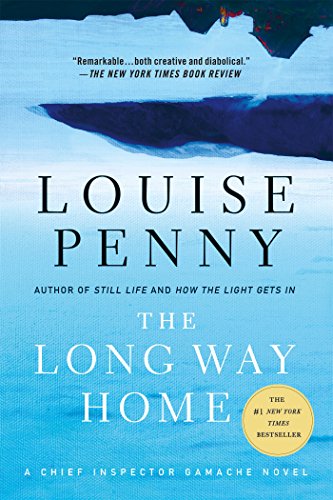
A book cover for The Long Way Home: A Chief Inspector Gamache Novel; Louise Penny; Mystery, Thriller & Suspense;